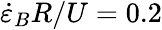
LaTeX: \dot{\varepsilon}_{B}R/U=0.2